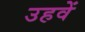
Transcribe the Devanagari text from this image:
उहवें